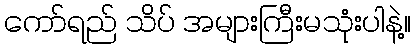
ကော်ရည် သိပ် အများကြီးမသုံးပါနဲ့။